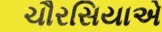
ચૌરસિયાએ